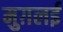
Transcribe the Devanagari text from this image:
मुग़लई